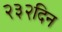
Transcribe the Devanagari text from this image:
२३२दिन